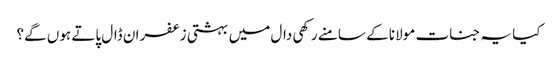
کیا یہ جنات مولانا کے سامنے رکھی دال میں بہشتی زعفران ڈال پاتے ہوں گے؟